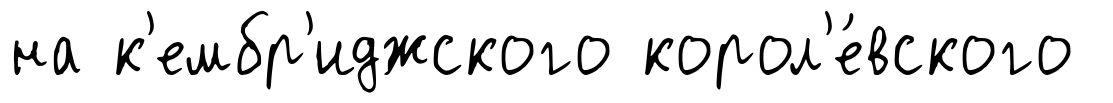
на к'ембр'иджского корол'е́вского